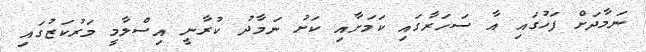
ނަމާދަށް ފަހުގައި އާ ސަހަރާގައި ކަމަށާއި ކަށު ނަމާދު ކުރާނީ އިސްލާމީ މަރުކަޒުގައި